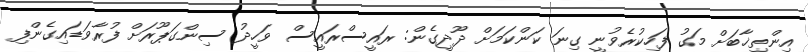
އިންތިޚާބަށް މަގު ފަހިކުރެވުނީ ގިނަ ކަންކަމަށް ދޫދީގެން: ރައީސްރައީސް ވަހީދު ސިންގަޕޫރަށް ފުރާވަޑައިގެންފި